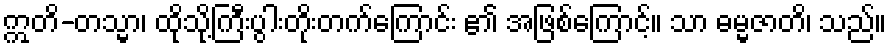
ဣတိ-တသ္မာ၊ ထိုသို့ကြီးပွါးတိုးတက်ကြောင်း ၏ အဖြစ်ကြောင့်။ သာ ဓမ္မဇာတိ၊ သည်။